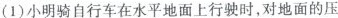
(1)小明骑自行车在水平地面上行驶时，对地面的压